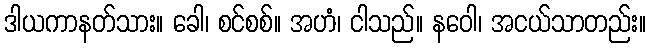
ဒါယကာနတ်သား။ ခေါ၊ စင်စစ်။ အဟံ၊ ငါသည်။ နဝေါ၊ အငယ်သာတည်း။